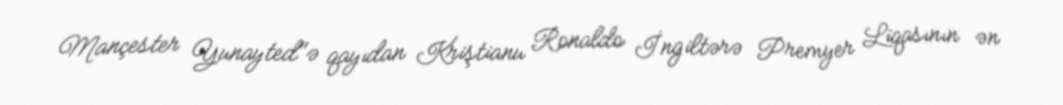
Mançester Yunayted"ə qayıdan Kriştianu Ronaldo İngiltərə Premyer Liqasının ən